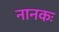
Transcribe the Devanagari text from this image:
नानकः